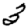
Digit: 3